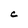
Character: C